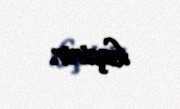
keçirir.